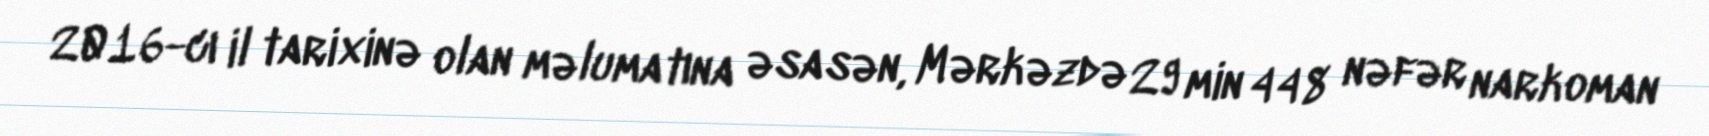
2016-cı il tarixinə olan məlumatına əsasən, Mərkəzdə 29 min 448 nəfər narkoman